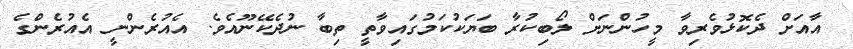
އާއަށް ދެކޮޅުވެރިވާ މީހުންނަށް ލޯބިކުރާ ބަޔަކުކަމުގައިވާތީ ތިބާ ނުދެކޭނޫއެވެ. އެއުރެންނީ އެއުރެންގެ